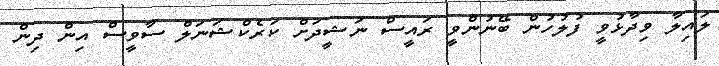
ލައިލާ ވިދާޅުވީ ފުލުހުން ބޭނުންވީ ރައީސް ނަޝީދަށް ކަރެކްޝަނަލް ސާވީސް އިން ދިން